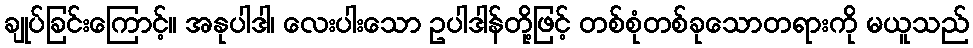
ချုပ်ခြင်းကြောင့်။ အနုပါဒါ၊ လေးပါးသော ဥပါဒါန်တို့ဖြင့် တစ်စုံတစ်ခုသောတရားကို မယူသည်